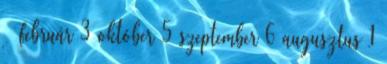
▼ február 3 október 5 szeptember 6 augusztus 1